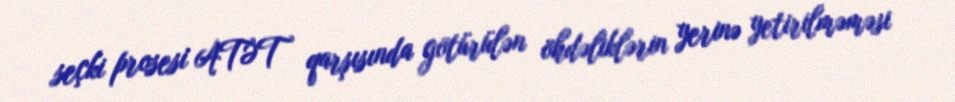
seçki prosesi ATƏT qarşısında götürülən öhdəliklərin yerinə yetirilməməsi